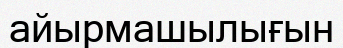
айырмашылығын